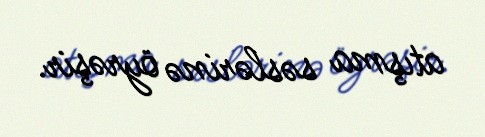
atışma səslərinə öyrəşir.